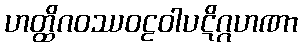
ဟတ္ထိဂဝဿဝဠဝါပဋိဂ္ဂဟဏာ